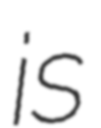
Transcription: is